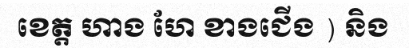
ខេត្ត ហាង ហែ ខាងជើង ) និង